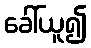
ခေါ်ယူ၍